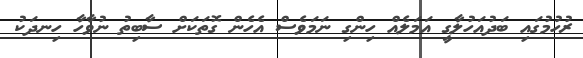
ރުހުމުގައި ބަދުއަހުލާގީ އަމަލެއް ހިންގި ނަމަވެސް އެހެން ގޮތަކަށް ސާބިތު ނުވާހާ ހިނދަކު